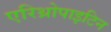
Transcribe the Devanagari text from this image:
एरिथ्रोपाइटिन